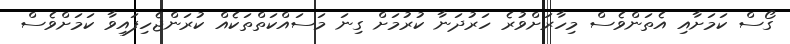
ގޯސް ކަމަށާއި އެތަންވެސް މިހާރަށްވުރެ ހަރުދަނާ ކުރުމަށް ގިނަ މަސައްކަތްތަކެއް ކުރަންޖެހިފައިވާ ކަމަށްވެސް